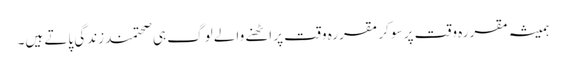
ہمیشہ مقررہ وقت پر سو کر مقررہ وقت پر اٹھنے والے لوگ ہی صحتمند زندگی پاتے ہیں۔